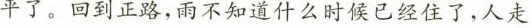
平了。回到正路，雨不知道什么时候已经住了，人走